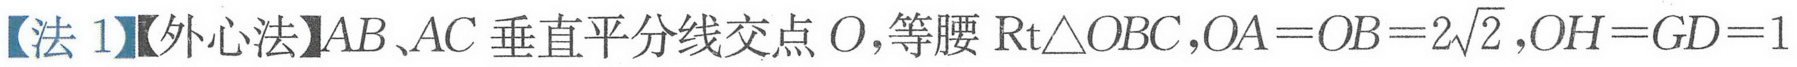
【法 1】【外心法】\(AB、AC\) 垂直平分线交点 \(O\),等腰 \(\text{Rt}\triangle OBC\),\(OA = OB = 2\sqrt{2},OH = GD = 1\)